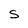
Character: 5